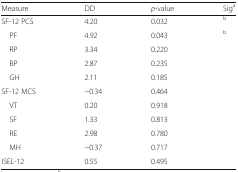
<table><thead><tr><td><b>Measure</b></td><td><b>DD</b></td><td><b><i>p</i>-value</b></td><td><b>Sig<sup>a</sup></b></td></tr></thead><tbody><tr><td>SF-12 PCS</td><td>4.20</td><td>0.032</td><td><sup>b</sup></td></tr><tr><td> PF</td><td>4.92</td><td>0.043</td><td><sup>b</sup></td></tr><tr><td> RP</td><td>3.34</td><td>0.220</td><td></td></tr><tr><td> BP</td><td>2.87</td><td>0.235</td><td></td></tr><tr><td> GH</td><td>2.11</td><td>0.185</td><td></td></tr><tr><td>SF-12 MCS</td><td>−0.34</td><td>0.464</td><td></td></tr><tr><td> VT</td><td>0.20</td><td>0.918</td><td></td></tr><tr><td> SF</td><td>1.33</td><td>0.813</td><td></td></tr><tr><td> RE</td><td>2.98</td><td>0.780</td><td></td></tr><tr><td> MH</td><td>−0.37</td><td>0.717</td><td></td></tr><tr><td>ISEL-12</td><td>0.55</td><td>0.495</td><td></td></tr></tbody></table>